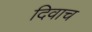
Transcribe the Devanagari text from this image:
दिवाच